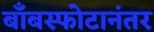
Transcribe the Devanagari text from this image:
बाँबस्फोटानंतर